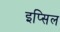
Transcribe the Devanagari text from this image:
इप्सिल